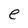
Character: e